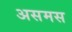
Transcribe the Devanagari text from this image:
असमस